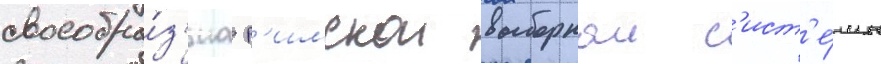
своеобра́з'иа р'имскои выборнои с'ист'е́мы